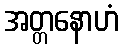
အတ္တနောဟံ